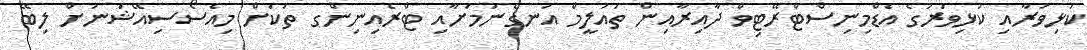
ކުޅިވަރާއި ކުޅިވަރުގެ އެޑްމިނިސްޓްރޭޓިވް ދާއިރާއިން ތައުލީމް އުނގެނުމަށާއި ޓްރެއިނިންގ ތަކަށް މިއެސޯސިއޭޝަނަށް ލިބޭ